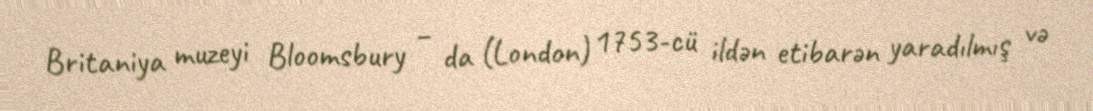
Britaniya muzeyi Bloomsbury – da (London) 1753-cü ildən etibarən yaradılmış və